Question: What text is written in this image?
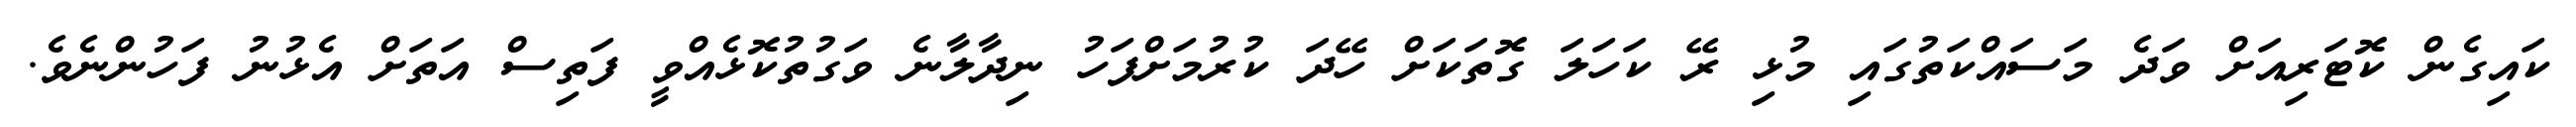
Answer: ކައިގެން ކޮޓަރިއަށް ވަދެ މަސައްކަތުގައި މުޅި ރޭ ކަހަލަ ގޮތަކަށް ހޭދަ ކުރުމަށްފަހު ނިދާލާނެ ވަގުތުކޮޅެއްވީ ފަތިސް އަތަށް އެޅުނު ފަހުންނެވެ.